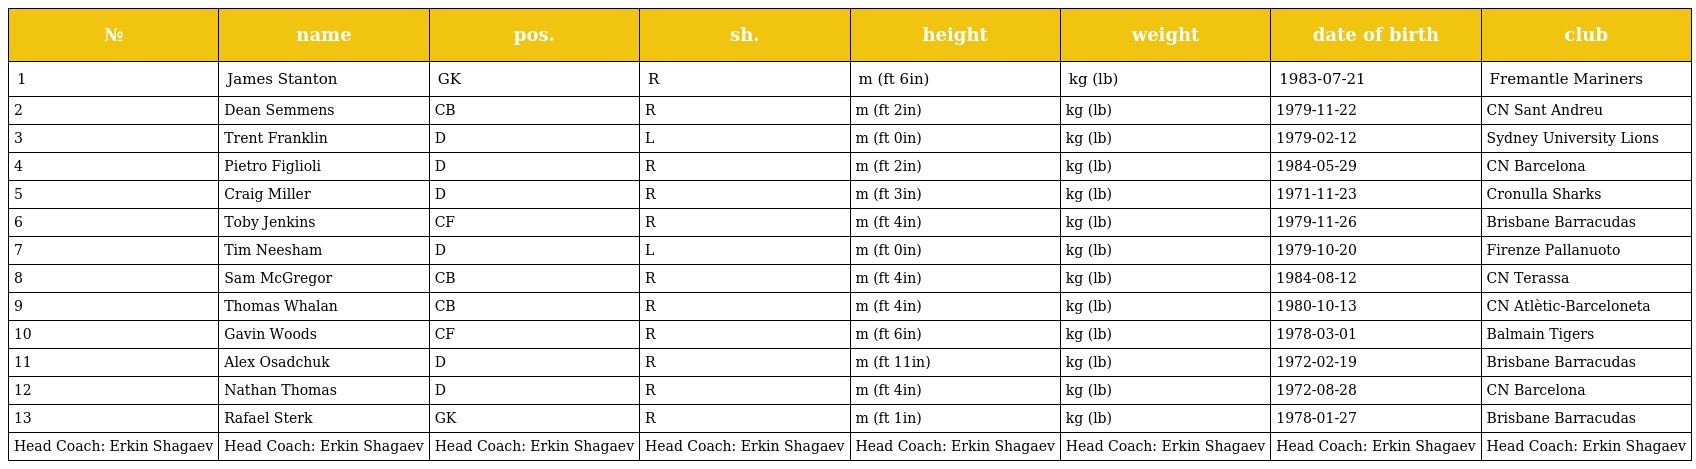
| № | name | pos. | sh. | height | weight | date of birth | club |
 | --- | --- | --- | --- | --- | --- | --- | --- |
 | 1 | James Stanton | GK | R | m (ft 6in) | kg (lb) | 1983-07-21 | Fremantle Mariners |
 | 2 | Dean Semmens | CB | R | m (ft 2in) | kg (lb) | 1979-11-22 | CN Sant Andreu |
 | 3 | Trent Franklin | D | L | m (ft 0in) | kg (lb) | 1979-02-12 | Sydney University Lions |
 | 4 | Pietro Figlioli | D | R | m (ft 2in) | kg (lb) | 1984-05-29 | CN Barcelona |
 | 5 | Craig Miller | D | R | m (ft 3in) | kg (lb) | 1971-11-23 | Cronulla Sharks |
 | 6 | Toby Jenkins | CF | R | m (ft 4in) | kg (lb) | 1979-11-26 | Brisbane Barracudas |
 | 7 | Tim Neesham | D | L | m (ft 0in) | kg (lb) | 1979-10-20 | Firenze Pallanuoto |
 | 8 | Sam McGregor | CB | R | m (ft 4in) | kg (lb) | 1984-08-12 | CN Terassa |
 | 9 | Thomas Whalan | CB | R | m (ft 4in) | kg (lb) | 1980-10-13 | CN Atlètic-Barceloneta |
 | 10 | Gavin Woods | CF | R | m (ft 6in) | kg (lb) | 1978-03-01 | Balmain Tigers |
 | 11 | Alex Osadchuk | D | R | m (ft 11in) | kg (lb) | 1972-02-19 | Brisbane Barracudas |
 | 12 | Nathan Thomas | D | R | m (ft 4in) | kg (lb) | 1972-08-28 | CN Barcelona |
 | 13 | Rafael Sterk | GK | R | m (ft 1in) | kg (lb) | 1978-01-27 | Brisbane Barracudas |
 | Head Coach: Erkin Shagaev | Head Coach: Erkin Shagaev | Head Coach: Erkin Shagaev | Head Coach: Erkin Shagaev | Head Coach: Erkin Shagaev | Head Coach: Erkin Shagaev | Head Coach: Erkin Shagaev | Head Coach: Erkin Shagaev |